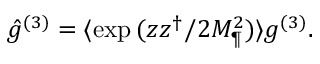
\hat { g } ^ { ( 3 ) } = \langle \exp { ( z z ^ { \dagger } / 2 M _ { \P } ^ { 2 } ) } \rangle g ^ { ( 3 ) } .